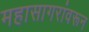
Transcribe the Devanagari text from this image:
महासागरांवरून